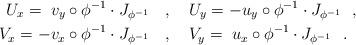
LaTeX: \begin{align*} U_x=\;v_y\circ\phi^{-1}\cdot J_{\phi^{-1}}\ \ \ &,\ \ \ U_y= -u_y\circ \phi^{-1}\cdot J_{\phi^{-1}} \ \ ,\\ V_x= -v_x\circ\phi^{-1}\cdot J_{\phi^{-1}}\ \ \ &,\ \ \ V_y= \;u_x\circ \phi^{-1}\cdot J_{\phi^{-1}} \ \ .\end{align*}